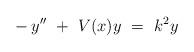
LaTeX: \begin{align*}-\,y''\,\,+\,\,V(x)y\,\,=\,\,k^2y \end{align*}